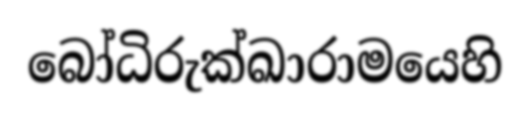
බෝධිරුක්ඛාරාමයෙහි